Indian journal of veterinary science and animal husbandry - Volumes 15-17, 1948-1951
Year: 1948
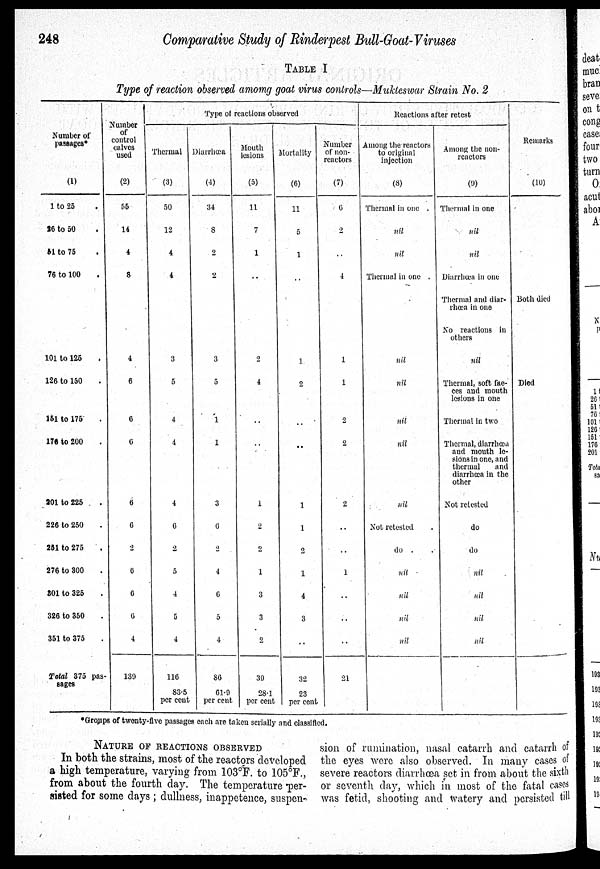
248
Comparative Study of Rinderpest Bull-Goat-Viruses
TABLE I
Type of reaction observed among goat virus controls—Mukteswar Strain No. 2
Number of
passages
(1)
1 to 25
26 to 50
51 to 75
76 to 100
101 to 125
126 to 150
161 to 175
176 to 200 .
201 to 225 .
226 to 250
251 to 275
276 to 300
301 to 325
326 to 350
351 to 375
Total 375 pas-
sages
Number
of
control
calves
used
(2)
55
14
4
8
4
6
6
6
6
6
2
6
6
6
4
139
Type of reactions observed
Thermal
(3)
50
12
4
4
3
5
4
4
4
6
2
5
4
5
4
116
83.5
per cent
Diarrhœa
(4)
34
8
2
2
3
5
1
1
3
6
2
4
6
5
4
86
61.9
per cent
Mouth
lesions
(5)
11
7
1
2
4
1
2
2
1
3
3
2
39
28.1
per cent
Mortality
(6)
11
5
1
1
2
1
1
2
1
4
3
..
32
23
per cent
Number
of non-
reactors
(7)
6
2
..
4
1
1
2
2
2
..
..
1
..
..
..
21
Reactions after retest
Among the reactors
to original
injection
(8)
Thermal in one .
nil
nil
Thermal in one .
nil
nil
nil
nil
nil
Not retested .
do
nil
nil
nil
nil
Aniong the non-
reactors
(9)
Thermal in one
nil
nil
Diarrhœa in one
Thermal and diar-
rhœa in one
No reactions in
others
nil
Thermal, soft fae-
ces and mouth
lesions in one
Thermal in two
Thermal, diarrhœa
and mouth le-
sions in one, and
thermal
and
diarrbœa in the
other
Not retested
do
do
nil
nil
nil
nil
Remarks
(10)
Both died
Died
*Groups of twenty-five passages each are taken serially and classified.
NATURE OF REACTION OBSERVED
In both the strains, most of the reactors developed
a high temperature, varying from 103°F. to 105°F.,
from about the fourth day. The temperature per-
sisted for some days ; dullness, inappetence, suspen-
sion of rumination, nasal catarrh and catarrh of
the eyes were also observed. In many cases of
severe reactors diarrhœa set in from about the sixth
or seventh day, which in most of the fatal cases
was fetid, shooting and watery and persisted till